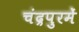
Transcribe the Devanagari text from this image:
चंद्रपुरमें